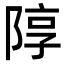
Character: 䧐